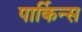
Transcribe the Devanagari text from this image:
पार्किन्स